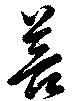
菩